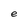
Character: e